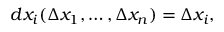
d x _ { i } ( \Delta x _ { 1 } , \dots , \Delta x _ { n } ) = \Delta x _ { i } ,